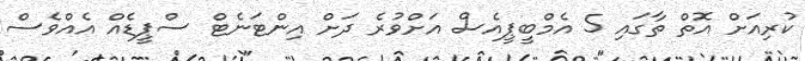
ކުރިއަށް އޮތް ތާގައި 5 އެމްބީޕީއެސް އަށްވުރެ ދަށް އިންޓަނެޓް ސްޕީޑެއް އެއްވެސް